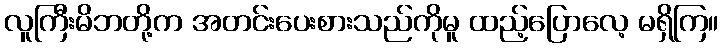
လူကြီးမိဘတို့က အတင်းပေးစားသည်ကိုမူ ထည့်ပြောလေ့ မရှိကြ။